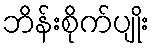
ဘိန်းစိုက်ပျိုး